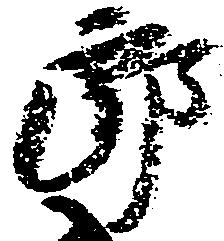
郎